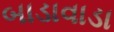
બાડાવાડા